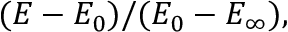
( E - E _ { 0 } ) / ( E _ { 0 } - E _ { \infty } ) ,